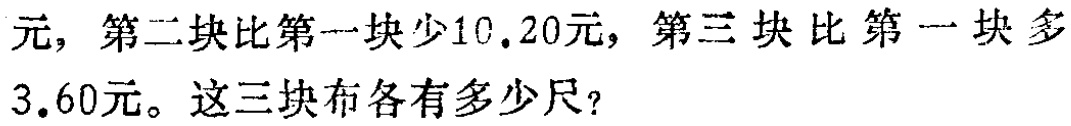
元，第二块比第一块少10.20元，第三块比第一块多
3.60元。这三块布各有多少尺？